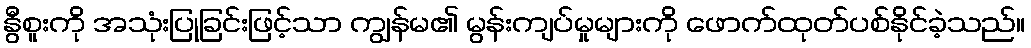
နွီစူးကို အသုံးပြုခြင်းဖြင့်သာ ကျွန်မ၏ မွန်းကျပ်မှုများကို ဖောက်ထုတ်ပစ်နိုင်ခဲ့သည်။